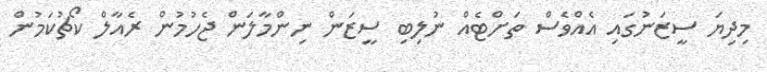
މިދިޔަ ސީޒަނުގައި އެއްވެސް ތަށްޓެއް ނުލިބި ސީޒަން ނިންމާލަން ޖެހުމުން ރެއާލް ކޯޗުކަމުން